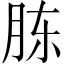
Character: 胨